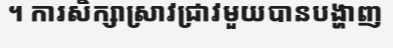
។ ការសិក្សាស្រាវជ្រាវមួយបានបង្ហាញ